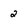
Character: 2